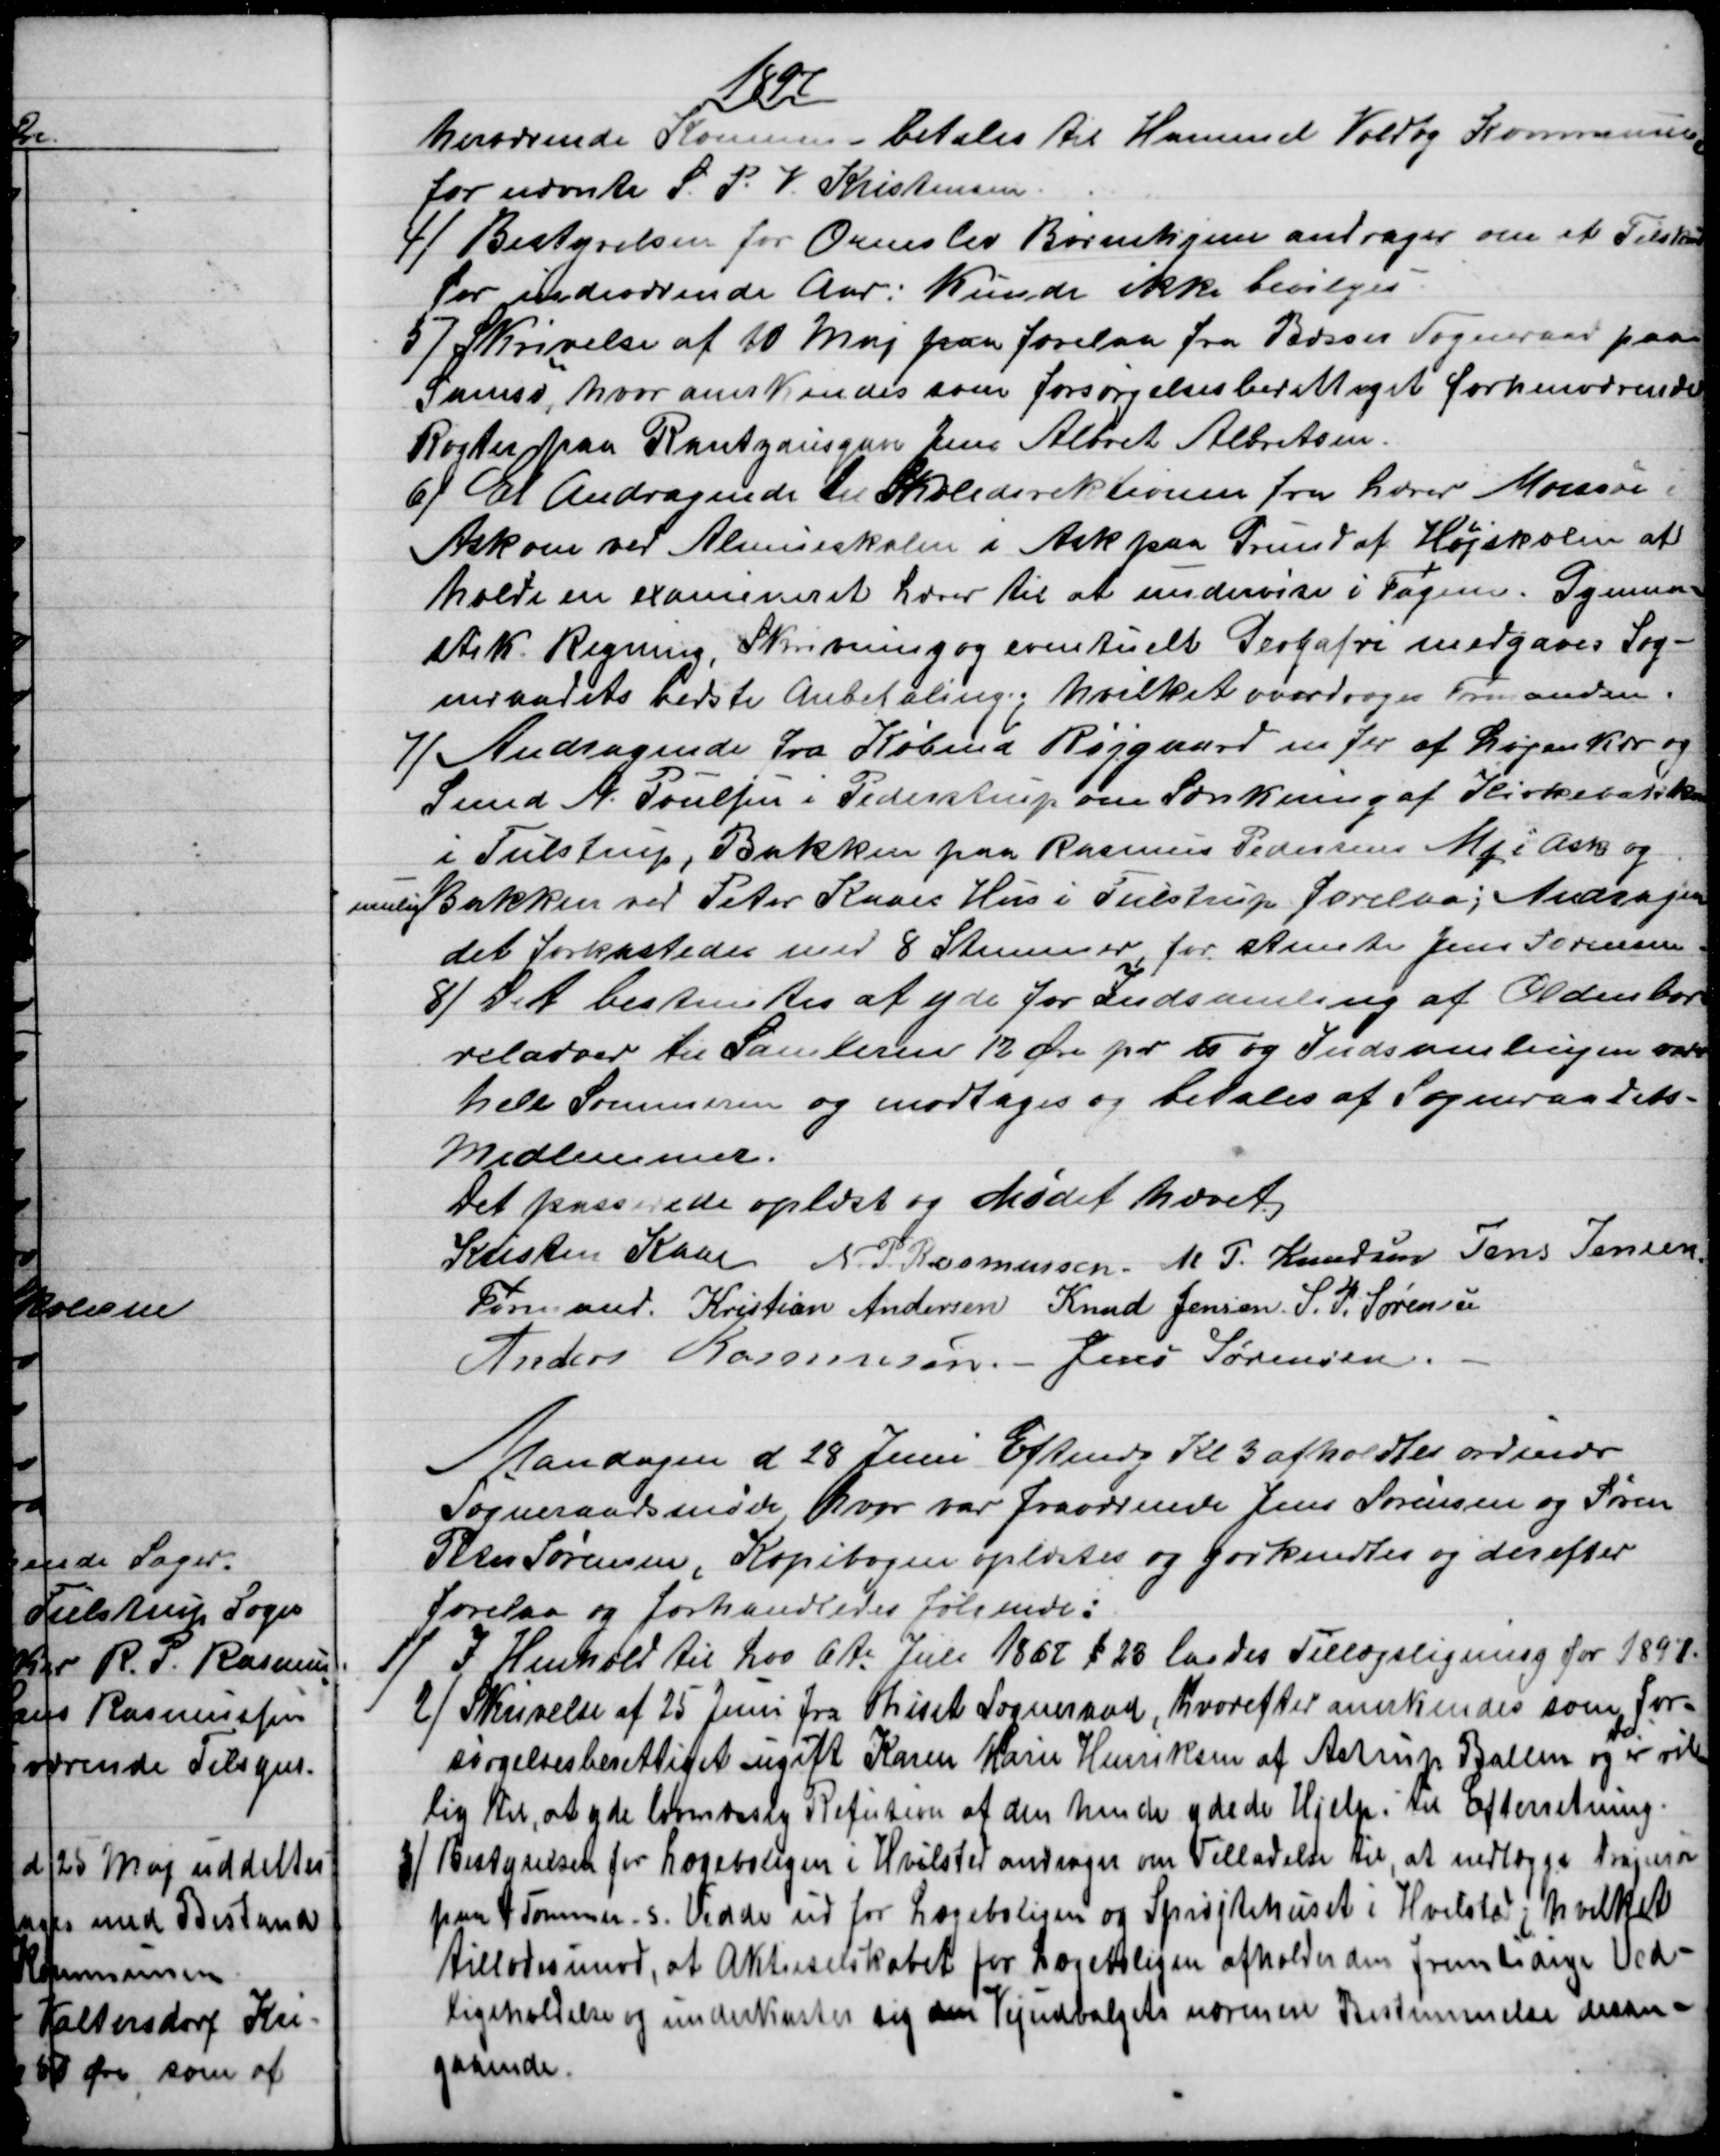
Transskription:
1897
herværende Kommune - betales til Hammel Voldby Kommune,
for nævnte S. P. V. Kristensen.
4) 
Bestyrelsen for Ormslev Børnehjem andrager om et Tilskud
for indeværende Aar; Kunde ikke bevilges
5) 
Skrivelse af 10 Maj paa forelaa fra Besser Sogneraad paa
Samsø, hvor anerkendes som forsørgelsesberettiget forhenværende
Røgter paa Rantzausgave Jens Albret Albretsen.
6) 
Et Andragende til Skoledirektionen fra Lærer Morssøe i
Ask om ved Almueskolen i Ask paa Grund af Højskolen af-
holdte en examineret Lærer til at undervise i Fagene. Gymna-
stik. Regning, Skrivning og eventuelt Geogafri medgaves Sog-
neraadets bedste Anbefaling; hvilket overdroges Formanden.
7)
Andragende fra Købmd Røjgaard m flr af Løjenkær og
Svend A. Poulsen i Pederstrup om Sænkning af Kirkebakken
i Tulstrup, Bakken paa Rasmus Pedersens Mk  i Ask og
mulig Bakken ved Peter Kaaes Hus i Tulstrup forelaa: Andragen
det forkastedes med 8 Stemmer, for stemte Jens Sørensen.
8)
Det bestemtes at yde for Indsamling af Oldenbor-
relarver til Samleren 12 øre pr ℔ og Indsamlingen varer
hele Sommeren og modtages og betales af Sogneraadets-
Medlemmer.
Det passerede oplæst og Mødet hævet
Kristen Kaae 
Formand. 
N. P. Rasmussen. M. P. Knudsen Jens Jensen
Kristian Andersen Knud Jensen. S. P. Sørensen
Anders Rasmussen. -  Jens Sørensen.
Mandagen d 28 Juni Eftmdg Kl. 3 afholdtes ordinær
Sogneraadsmøde, hvor var fraværende Jens Sørensen og Søren
Peter Sørensen, Kopibogen oplæstes og godkendtes og derefter
forelaa og forhandledes følgende:
1)
I Henhold til Lov 6te Juli 1867 § 23 lagdes Tillægsligning for 1897.
2) 
Skrivelse af 25 Juni fra Thiset Sogneraad, hvorefter anerkendes som for-
sørgelsesberettiget ugift Karen Marie Henriksen af Astrup Ballen og 
de
er vil-
lig til, at yde lovmæssig Refution af den hende ydede Hjelp: til Efterretning.
3) 
Bestyrelsen for Lægeboligen i Hvilsted andrager om Tilladelse til, at nedlægge Drajnrør
paa 4 Tommer. s. Vidde ud for Lægeboligen og Sprøjtehuset i Hvilsted; hvilket
tillodes imod, at Aktieselskabet for Lægeboligen afholder den fremtidige Ved-
ligeholdelse og underkaster sig den Vejudvalgets nærmere Bestemmelse desan
gaaende.